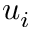
u _ { i }